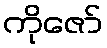
ကိုဇော်